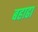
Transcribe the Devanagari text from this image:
बहाढा